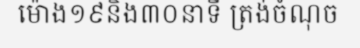
ម៉ោង១៩និង៣០នាទី ត្រង់ចំណុច